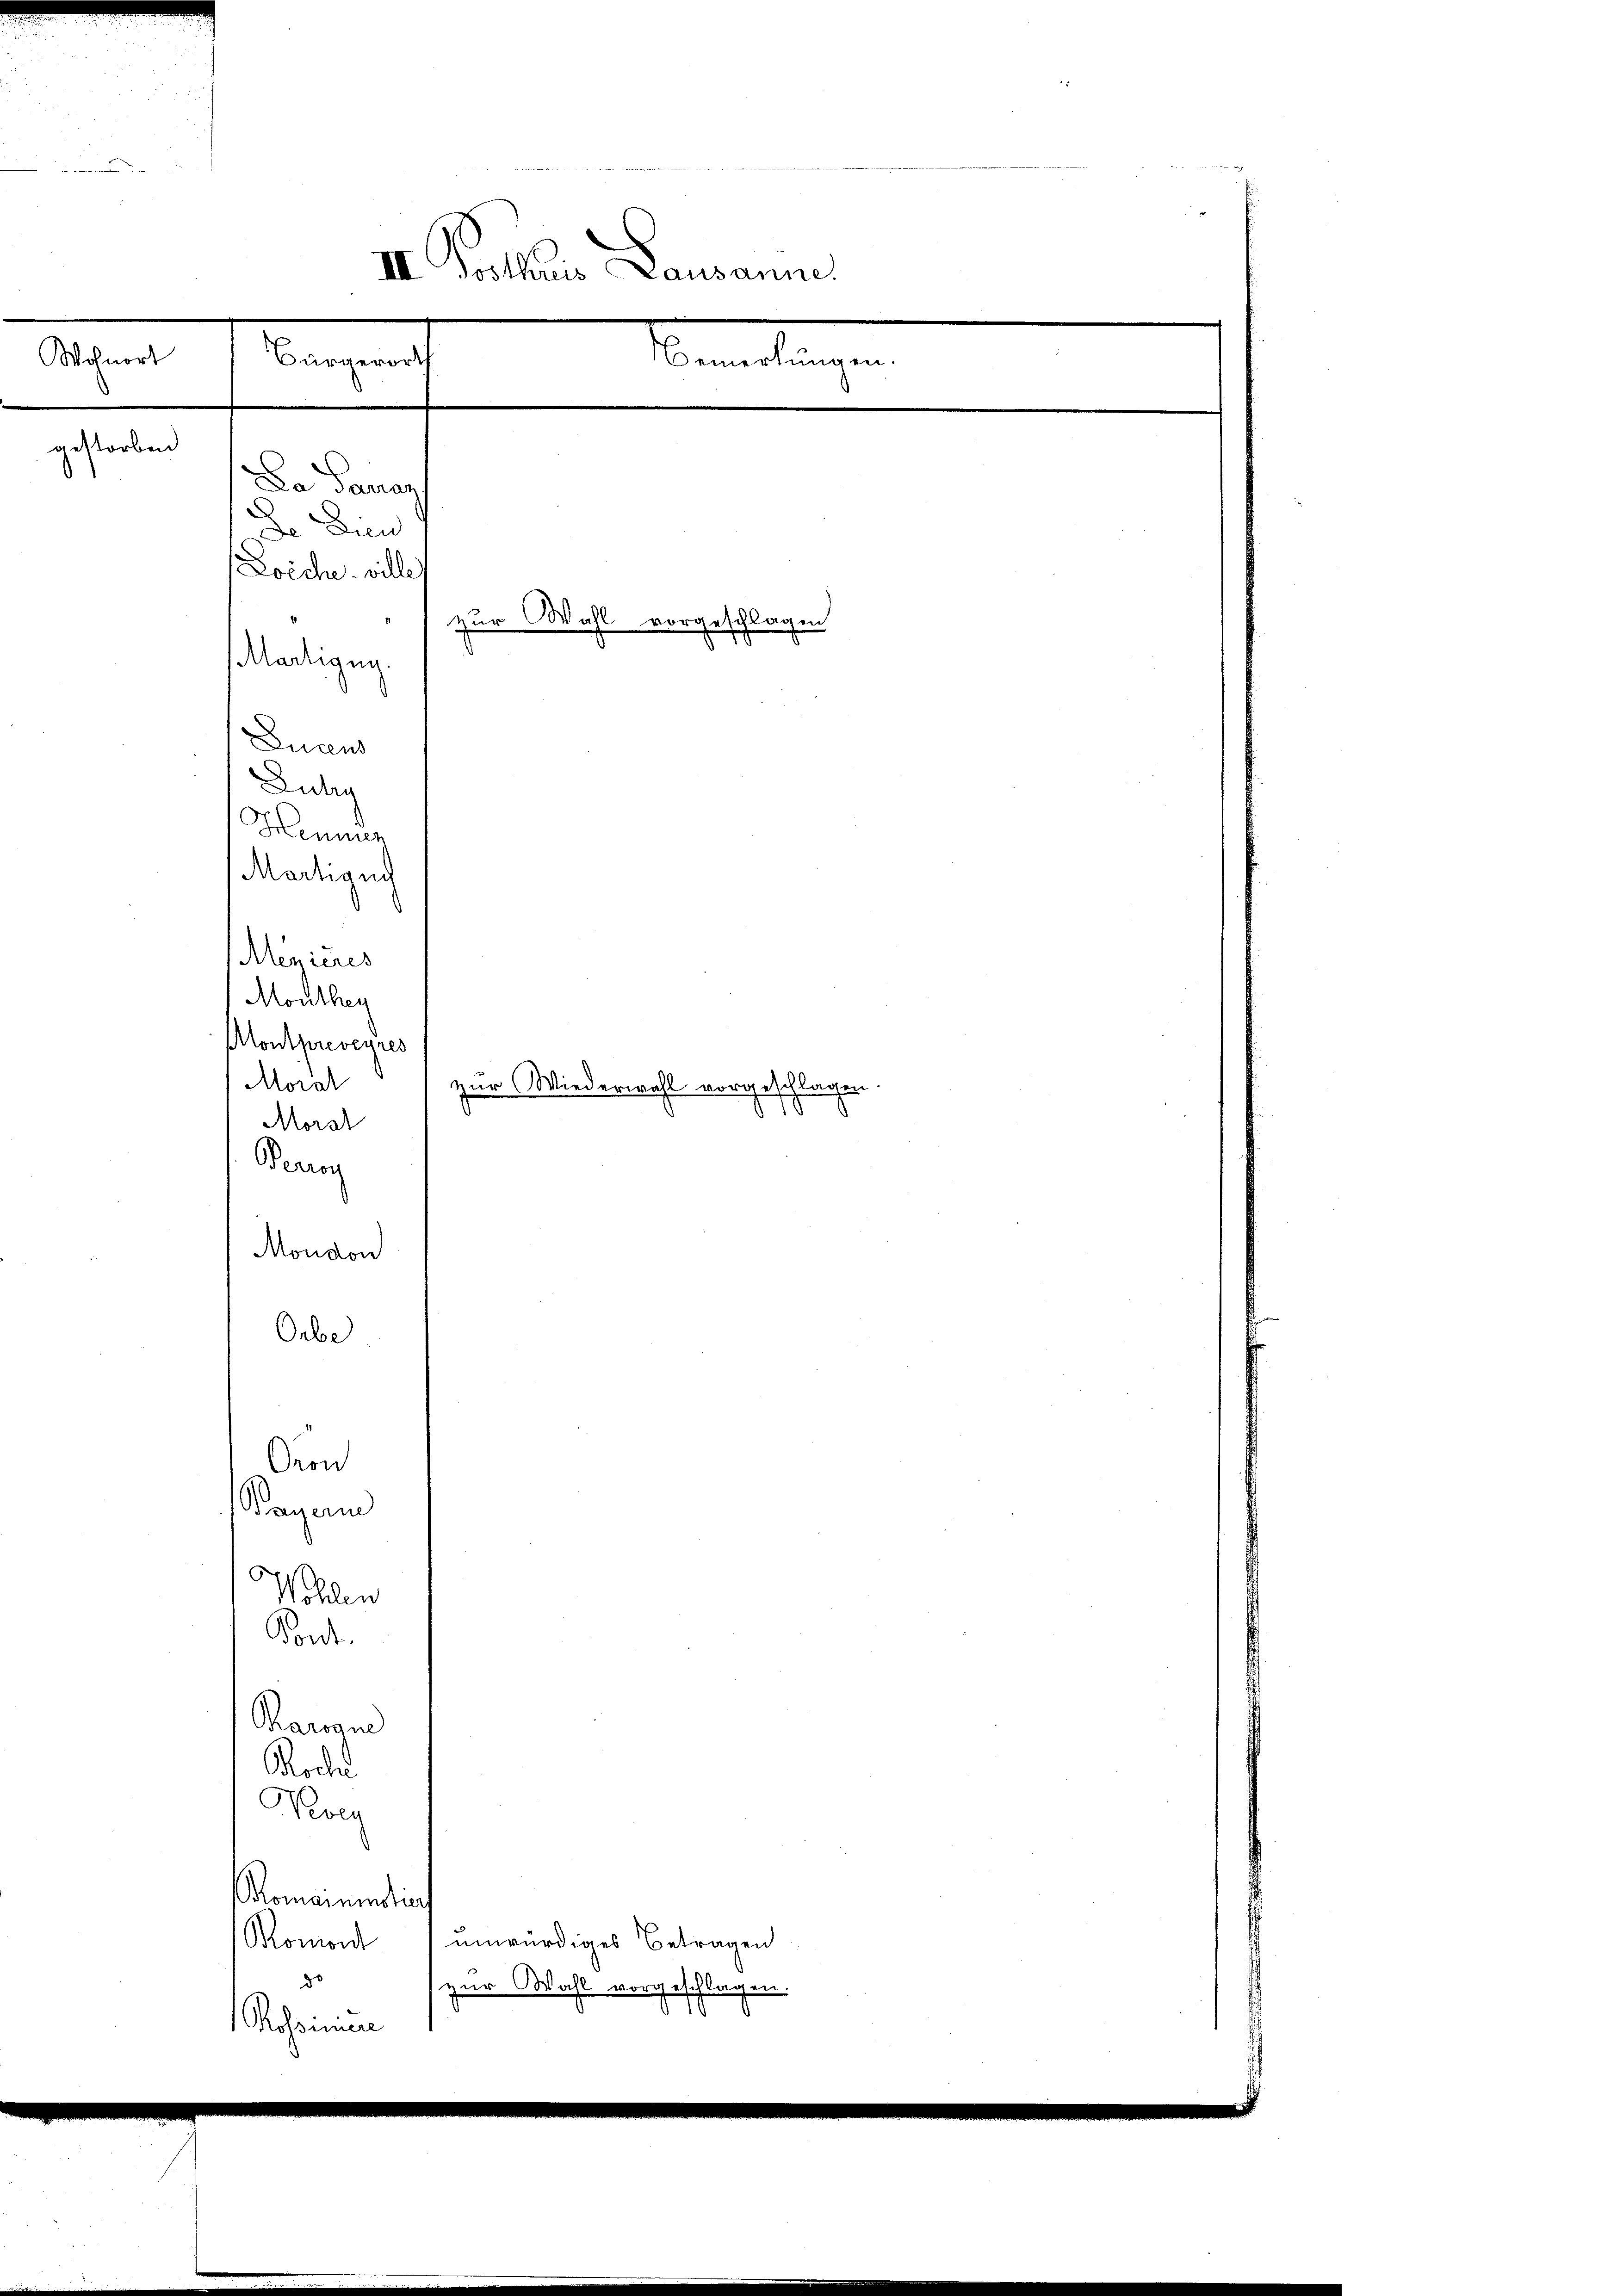
gestorben

Wohnort

Da Parag
Do Dien
s
Zoiche ville

III. Posthuis Lausanne.
Bemerkungen.
Bangen

zur Wahl vorgeschlagen
Martigung.
Lucens
ug
Hennung
Martigen

Montpreveyres
Moral
Morst
Beug
Moudon
Orbe
Oron
Pagan
Wohlen
Pont.
Baran
Roche
Morg
Romanistier
unwürdiges Betragen
Romont
do
zur Wahl vorgeschlagen.
41
Rohonnen

Menieres
Monthey

zur Wiederwahl vorgeschlagen.
d